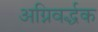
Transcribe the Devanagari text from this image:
अग्निवर्द्धक